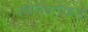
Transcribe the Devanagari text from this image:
स्वतंत्रतेकडे